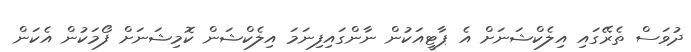
ދުވަސް ތެރޭގައި އިލެކްޝަނަށް އެ ޕާޓީއަކުން ނާންގައިފިނަމަ އިލެކްޝަން ކޮމިޝަނަށް ފޯމަކުން އެކަން